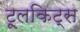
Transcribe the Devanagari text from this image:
टूलकिट्स